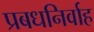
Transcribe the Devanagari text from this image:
प्रबधनिर्वाह